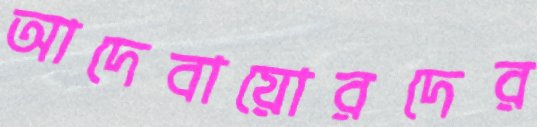
আদেবায়োরদের